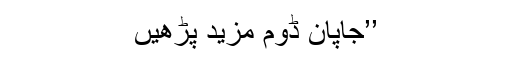
’’جاپان ڈوم مزید پڑھیں